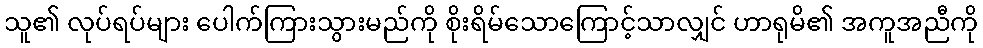
သူ၏ လုပ်ရပ်များ ပေါက်ကြားသွားမည်ကို စိုးရိမ်သောကြောင့်သာလျှင် ဟာရုမိ၏ အကူအညီကို